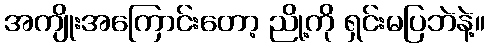
အကျိုးအကြောင်းတော့ ညို့ကို ရှင်းမပြဘဲနဲ့။